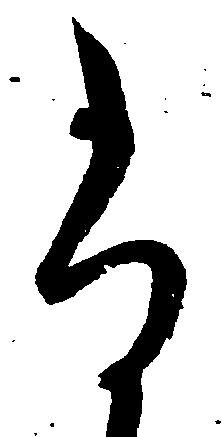
尚